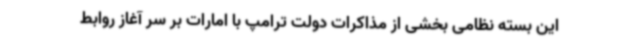
این بسته نظامی بخشی از مذاکرات دولت ترامپ با امارات بر سر آغاز روابط